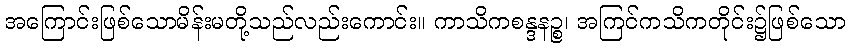
အကြောင်းဖြစ်သောမိန်းမတို့သည်လည်းကောင်း။ ကာသိကစန္ဒနဉ္စ၊ အကြင်ကသိကတိုင်း၌ဖြစ်သော